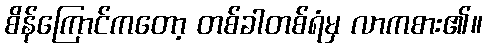
စိန်ကြောင်ကတော့ တစ်ခါတစ်ရံမှ လာကစား၏။